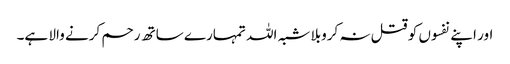
اور اپنے نفسوں کو قتل نہ کروبلا شبہ اللہ تمہارے ساتھ رحم کرنے والا ہے۔